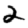
Digit: 2